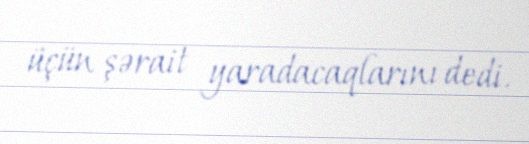
üçün şərait yaradacaqlarını dedi.